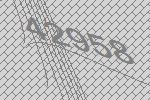
42958